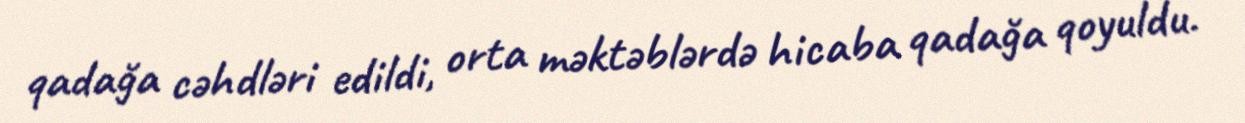
qadağa cəhdləri edildi, orta məktəblərdə hicaba qadağa qoyuldu.